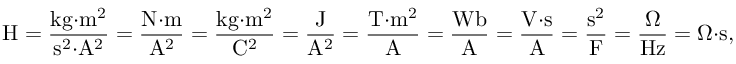
{ \mathrm { H } } = { \frac { { \mathrm { k g } } { \cdot } { \mathrm { m } } ^ { 2 } } { { \mathrm { s } } ^ { 2 } { \cdot } { \mathrm { A } } ^ { 2 } } } = { \frac { { \mathrm { N } } { \cdot } { \mathrm { m } } } { { \mathrm { A } } ^ { 2 } } } = { \frac { { \mathrm { k g } } { \cdot } { \mathrm { m } } ^ { 2 } } { { \mathrm { C } } ^ { 2 } } } = { \frac { \mathrm { J } } { { \mathrm { A } } ^ { 2 } } } = { \frac { { \mathrm { T } } { \cdot } { \mathrm { m } } ^ { 2 } } { \mathrm { A } } } = { \frac { \mathrm { W b } } { \mathrm { A } } } = { \frac { { \mathrm { V } } { \cdot } { \mathrm { s } } } { \mathrm { A } } } = { \frac { { \mathrm { s } } ^ { 2 } } { \mathrm { F } } } = { \frac { \Omega } { \mathrm { H z } } } = \Omega { \cdot } { \mathrm { s } } ,